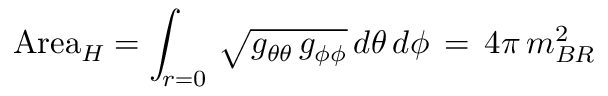
\mathrm { A r e a } _ { H } = \int _ { r = 0 } \, \sqrt { g _ { \theta \theta } \, g _ { \phi \phi } } \, d \theta \, d \phi \, = \, 4 \pi \, m _ { B R } ^ { 2 }